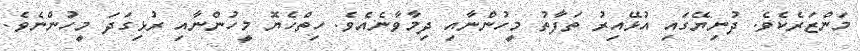
މަންޒަރެކެވެ. ދުނިޔޭގައި އުޅޭއިރު ތަފާތު މީހުންނާއި ދިމާވާނެއެވެ. ހިތްހެޔޮ މީހުންނާއި ރުޅިގަދަ މީހުންނެވެ.